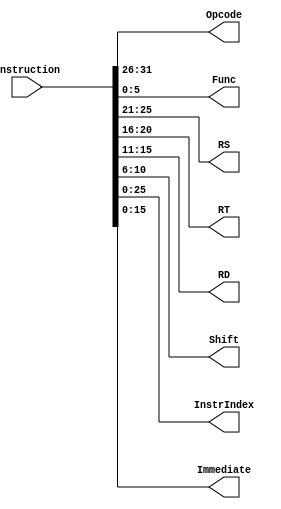
`timescale 1ns / 1ps
//////////////////////////////////////////////////////////////////////////////////
// Company: 
// Engineer: 
// 
// Design Name: 
// Module Name:    Interpreter 
// Project Name: 
// Target Devices: 
// Tool versions: 
// Description: 
//
// Dependencies: 
//
// Revision: 
// Revision 0.01 - File Created
// Additional Comments: 
//
//////////////////////////////////////////////////////////////////////////////////
module Interpreter(
    input [31:0] Instruction,
    output [5:0] Opcode,
    output [5:0] Func,
    output [4:0] RS,
    output [4:0] RT,
    output [4:0] RD,
    output [4:0] Shift,
    output [25:0] InstrIndex,
	 output [15:0] Immediate
    );
	assign Opcode = 		Instruction[31:26];
	assign Func = 			Instruction[5:0];
	assign RS = 			Instruction[25:21];
	assign RT = 			Instruction[20:16];
	assign RD = 			Instruction[15:11];
	assign Shift = 		Instruction[10:6];
	assign InstrIndex = 	Instruction[25:0];
	assign Immediate = 	Instruction[15:0];

endmodule